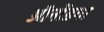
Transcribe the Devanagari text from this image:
ऑनोंडगा